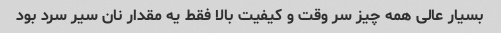
بسیار عالی همه چیز سر وقت و کیفیت بالا فقط یه مقدار نان سیر سرد بود